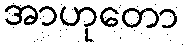
အာဟုတော